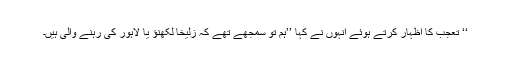
‘‘ تعجب کا اظہار کرتے ہوئے انہوں نے کہا ’’ہم تو سمجھے تھے کہ زُلیخا لکھنؤ یا لاہور کی رہنے والی ہیں۔